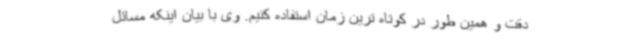
دقت و همین طور در کوتاه ترین زمان استفاده کنیم. وی با بیان اینکه مسائل